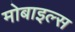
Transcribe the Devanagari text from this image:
मोबाइल्स